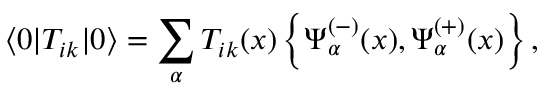
\langle 0 \vert T _ { i k } \vert 0 \rangle = \sum _ { \alpha } T _ { i k } ( x ) \left\{ \Psi _ { \alpha } ^ { ( - ) } ( x ) , \Psi _ { \alpha } ^ { ( + ) } ( x ) \right\} ,